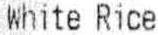
WHITE RICE